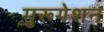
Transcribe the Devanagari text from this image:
मुरूगेशन